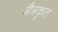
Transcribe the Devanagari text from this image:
मैत्रकृत